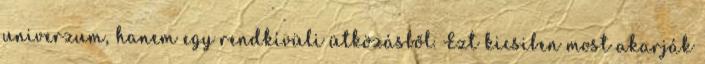
univerzum, hanem egy rendkívüli ütközásből. Ezt kicsiben most akarják